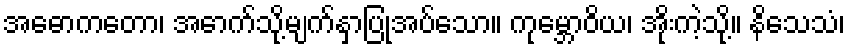
အဓောကတော၊ အောက်သို့မျက်နှာပြုအပ်သော။ ကုမ္ဘောဝိယ၊ အိုးကဲ့သို့။ နိသေသံ၊